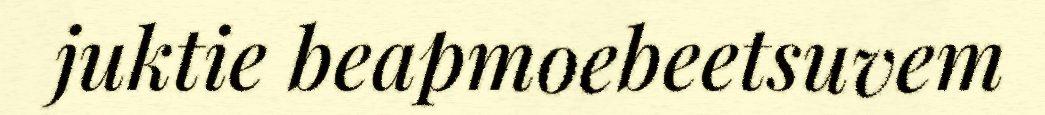
juktie beapmoebeetsuvem